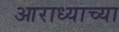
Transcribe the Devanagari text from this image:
आराध्याच्या